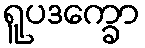
ရူပဒက္ခော